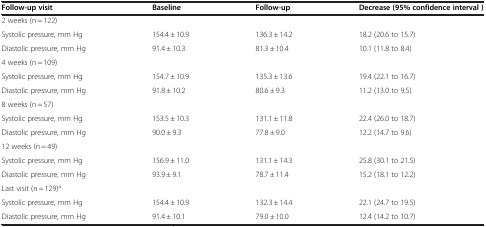
<table><thead><tr><td><b>Follow-up visit</b></td><td><b>Baseline</b></td><td><b>Follow-up</b></td><td><b>Decrease (95% confidence interval )</b></td></tr></thead><tbody><tr><td>2 weeks (n = 122)</td><td> </td><td> </td><td> </td></tr><tr><td>Systolic pressure, mm Hg</td><td>154.4 ± 10.9</td><td>136.3 ± 14.2</td><td>18.2 (20.6 to 15.7)</td></tr><tr><td>Diastolic pressure, mm Hg</td><td>91.4 ± 10.3</td><td>81.3 ± 10.4</td><td>10.1 (11.8 to 8.4)</td></tr><tr><td>4 weeks (n = 109)</td><td> </td><td> </td><td> </td></tr><tr><td>Systolic pressure, mm Hg</td><td>154.7 ± 10.9</td><td>135.3 ± 13.6</td><td>19.4 (22.1 to 16.7)</td></tr><tr><td>Diastolic pressure, mm Hg</td><td>91.8 ± 10.2</td><td>80.6 ± 9.3</td><td>11.2 (13.0 to 9.5)</td></tr><tr><td>8 weeks (n = 57)</td><td> </td><td> </td><td> </td></tr><tr><td>Systolic pressure, mm Hg</td><td>153.5 ± 10.3</td><td>131.1 ± 11.8</td><td>22.4 (26.0 to 18.7)</td></tr><tr><td>Diastolic pressure, mm Hg</td><td>90.0 ± 9.3</td><td>77.8 ± 9.0</td><td>12.2 (14.7 to 9.6)</td></tr><tr><td>12 weeks (n = 49)</td><td> </td><td> </td><td> </td></tr><tr><td>Systolic pressure, mm Hg</td><td>156.9 ± 11.0</td><td>131.1 ± 14.3</td><td>25.8 (30.1 to 21.5)</td></tr><tr><td>Diastolic pressure, mm Hg</td><td>93.9 ± 9.1</td><td>78.7 ± 11.4</td><td>15.2 (18.1 to 12.2)</td></tr><tr><td>Last visit (n = 129)<sup>a</sup></td><td> </td><td> </td><td> </td></tr><tr><td>Systolic pressure, mm Hg</td><td>154.4 ± 10.9</td><td>132.3 ± 14.4</td><td>22.1 (24.7 to 19.5)</td></tr><tr><td>Diastolic pressure, mm Hg</td><td>91.4 ± 10.1</td><td>79.0 ± 10.0</td><td>12.4 (14.2 to 10.7)</td></tr></tbody></table>